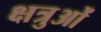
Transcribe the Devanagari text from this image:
क्षत्रुओं